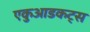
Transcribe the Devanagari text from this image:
एकुआडकट्स